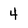
Character: 4